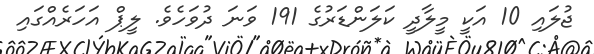
ޖުލައި 10 އަކީ މީލާދީ ކަލަންޑަރުގެ 191 ވަނަ ދުވަހެވެ. ލީޕް އަހަރެއްގައި